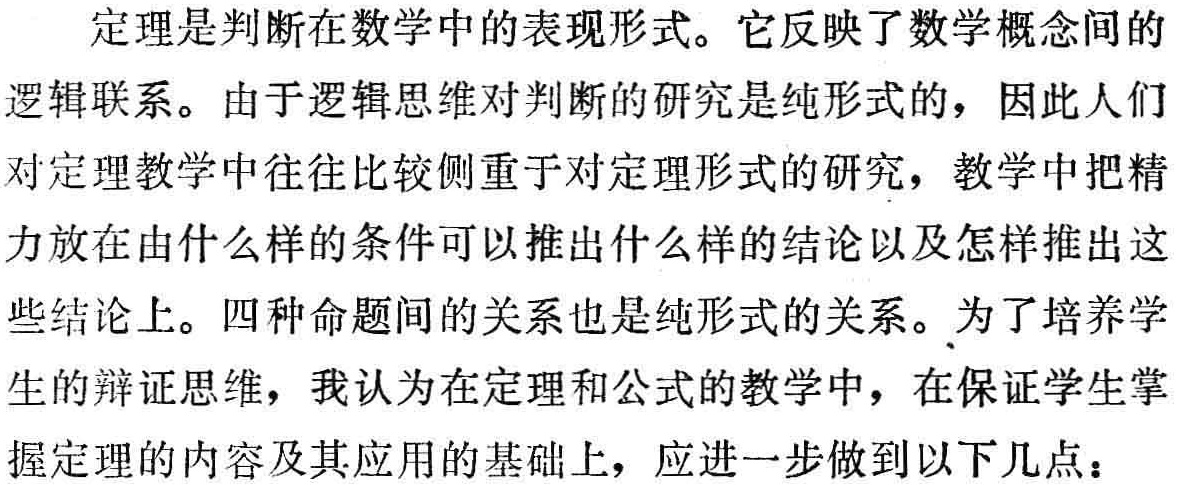
定理是判断在数学中的表现形式。它反映了数学概念间的
逻辑联系。由于逻辑思维对判断的研究是纯形式的，因此人们
对定理教学中往往比较侧重于对定理形式的研究，教学中把精
力放在由什么样的条件可以推出什么样的结论以及怎样推出这
些结论上。四种命题间的关系也是纯形式的关系。为了培养学
生的辩证思维，我认为在定理和公式的教学中，在保证学生掌
握定理的内容及其应用的基础上，应进一步做到以下几点：